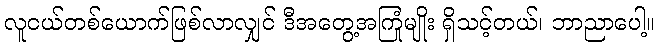
လူငယ်တစ်ယောက်ဖြစ်လာလျှင် ဒီအတွေ့အကြုံမျိုး ရှိသင့်တယ်၊ ဘာညာပေါ့။